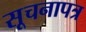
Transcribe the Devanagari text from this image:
सूचनापत्र